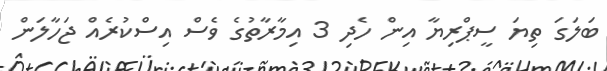
ބަލަގަ ތިޔަ ސީޕްރިޔާ އިން ހެދި 3 އިމާރާތުގެ ވެސް އިސްކުރެއް ޖަހާލަން